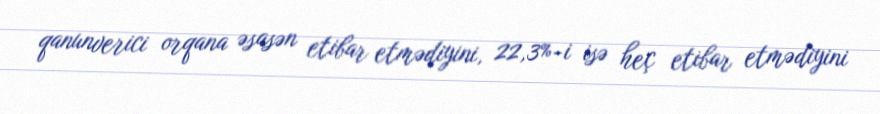
qanunverici orqana əsasən etibar etmədiyini, 22,3%-i isə heç etibar etmədiyini